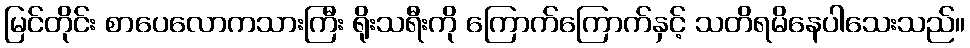
မြင်တိုင်း စာပေလောကသားကြီး ရိုးသရီးကို ကြောက်ကြောက်နှင့် သတိရမိနေပါသေးသည်။